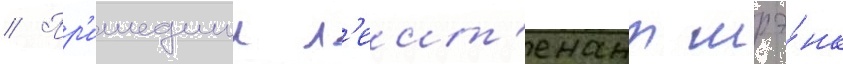
// Пр'ишедшии л'еит'енант шрэ́нк